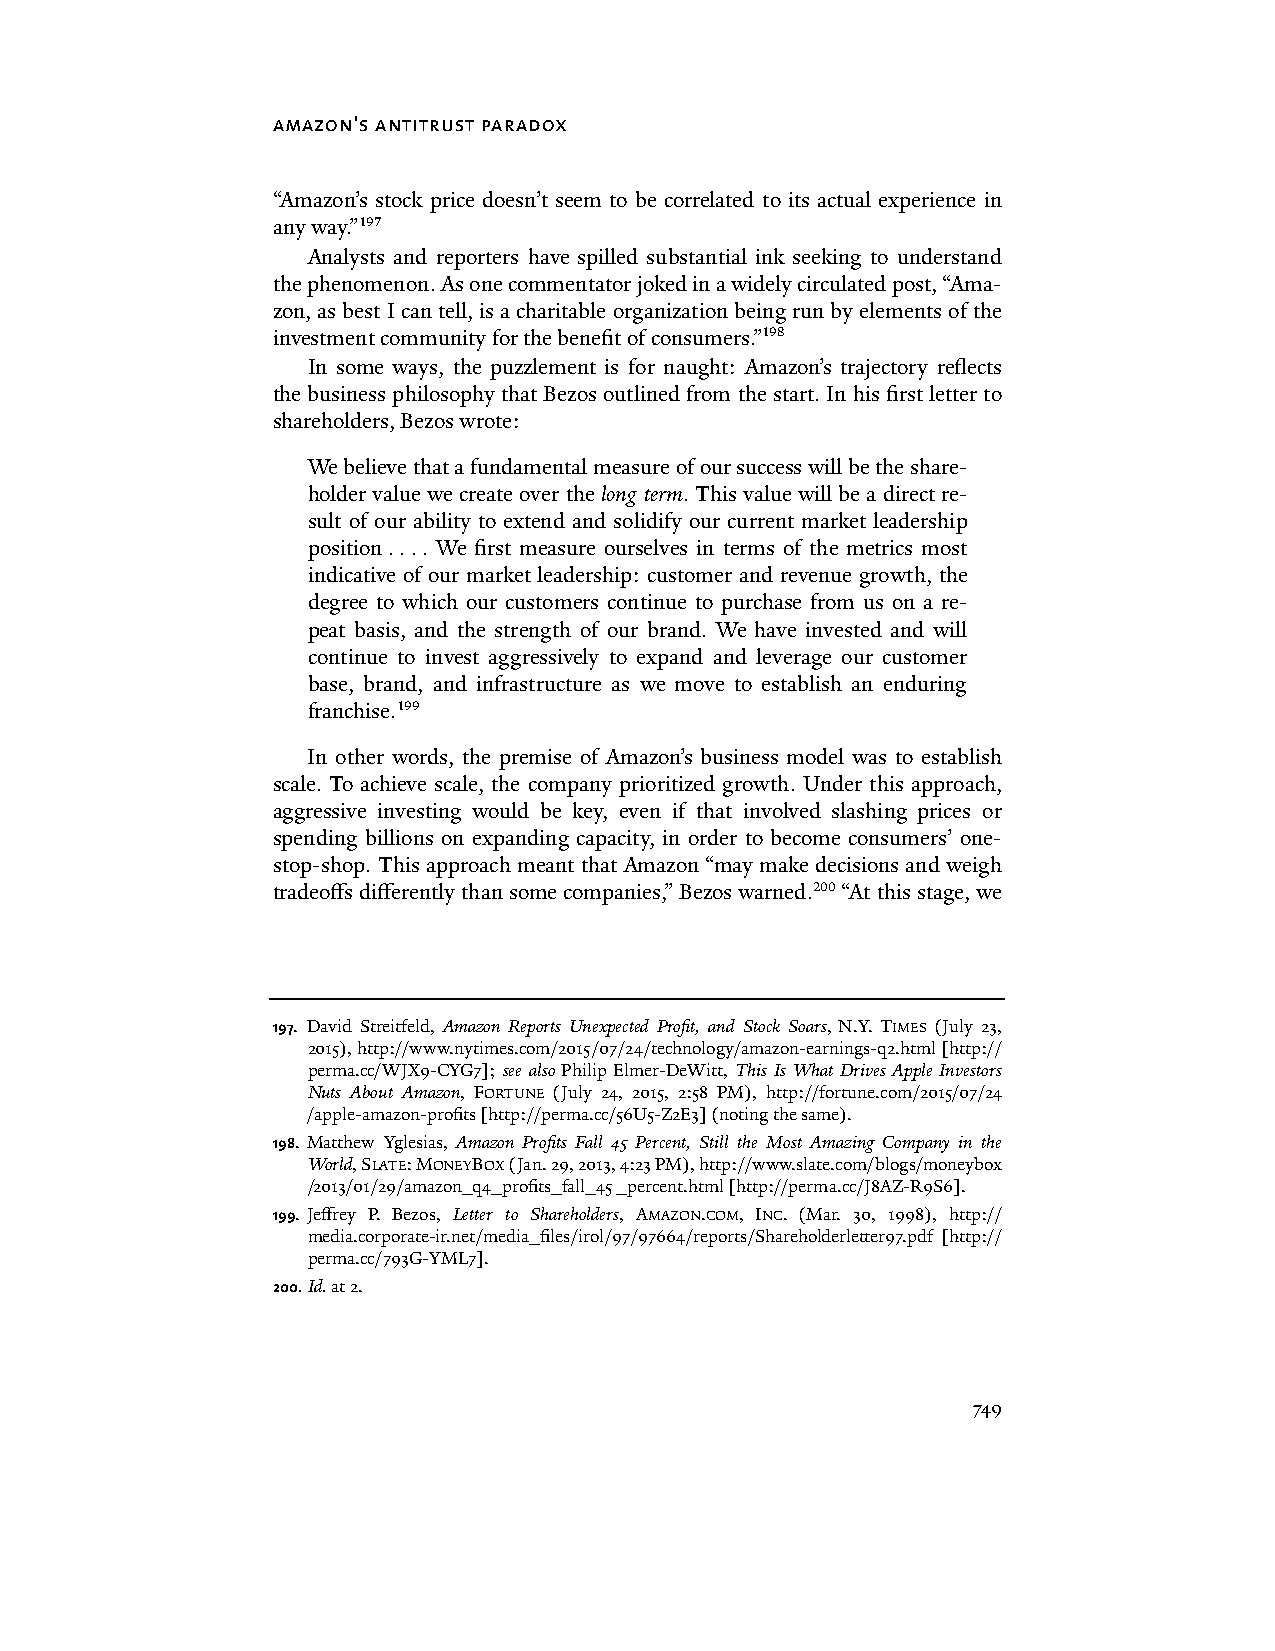
amazon's antitrust paradox
 “Amazon’s stock price doesn’t seem to be correlated to its actual experience in
 any way.”197
 Analysts and reporters have spilled substantial ink seeking to understand
 the phenomenon. As one commentator joked in a widely circulated post, “Ama-
 zon, as best I can tell, is a charitable organization being run by elements of the
 investment community for the benefit of consumers.”198
 In some ways, the puzzlement is for naught: Amazon’s trajectory reflects
 the business philosophy that Bezos outlined from the start. In his first letter to
 shareholders, Bezos wrote:
 We believe that a fundamental measure of our success will be the share-
 holder value we create over the long term. This value will be a direct re-
 sult of our ability to extend and solidify our current market leadership
 position . . . . We first measure ourselves in terms of the metrics most
 indicative of our market leadership: customer and revenue growth, the
 degree to which our customers continue to purchase from us on a re-
 peat basis, and the strength of our brand. We have invested and will
 continue to invest aggressively to expand and leverage our customer
 base, brand, and infrastructure as we move to establish an enduring
 franchise.199
 In other words, the premise of Amazon’s business model was to establish
 scale. To achieve scale, the company prioritized growth. Under this approach,
 aggressive investing would be key, even if that involved slashing prices or
 spending billions on expanding capacity, in order to become consumers’ one-
 stop-shop. This approach meant that Amazon “may make decisions and weigh
 tradeoffs differently than some companies,” Bezos warned.200 “At this stage, we
 197. David Streitfeld, Amazon Reports Unexpected Profit, and Stock Soars, N.Y. TIMES (July 23,
 2015), http://www.nytimes.com/2015/07/24/technology/amazon-earnings-q2.html [http://
 perma.cc/WJX9-CYG7]; see also Philip Elmer-DeWitt, This Is What Drives Apple Investors
 Nuts About Amazon, FORTUNE (July 24, 2015, 2:58 PM), http://fortune.com/2015/07/24
 /apple-amazon-profits [http://perma.cc/56U5-Z2E3] (noting the same).
 198. Matthew Yglesias, Amazon Profits Fall 45 Percent, Still the Most Amazing Company in the
 World, SLATE: MONEYBOX (Jan. 29, 2013, 4:23 PM), http://www.slate.com/blogs/moneybox
 /2013/01/29/amazon_q4_profits_fall_45 _percent.html [http://perma.cc/J8AZ-R9S6].
 199. Jeffrey P. Bezos, Letter to Shareholders, AMAZON.COM, INC. (Mar. 30, 1998), http://
 media.corporate-ir.net/media_files/irol/97/97664/reports/Shareholderletter97.pdf [http://
 perma.cc/793G-YML7].
 200. Id. at 2.
 749